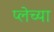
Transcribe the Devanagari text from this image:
प्लेच्या